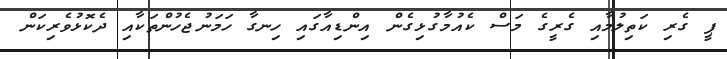
ޕީ ގެރި ކަތިލުމާއި ގެރީގެ މަސް ކެއުމާގުޅިގެން އިންޑިއާގައި ހިނގާ ހަމަނުޖެހުންތަކާއި ދެކޮޅުވެރިކަން